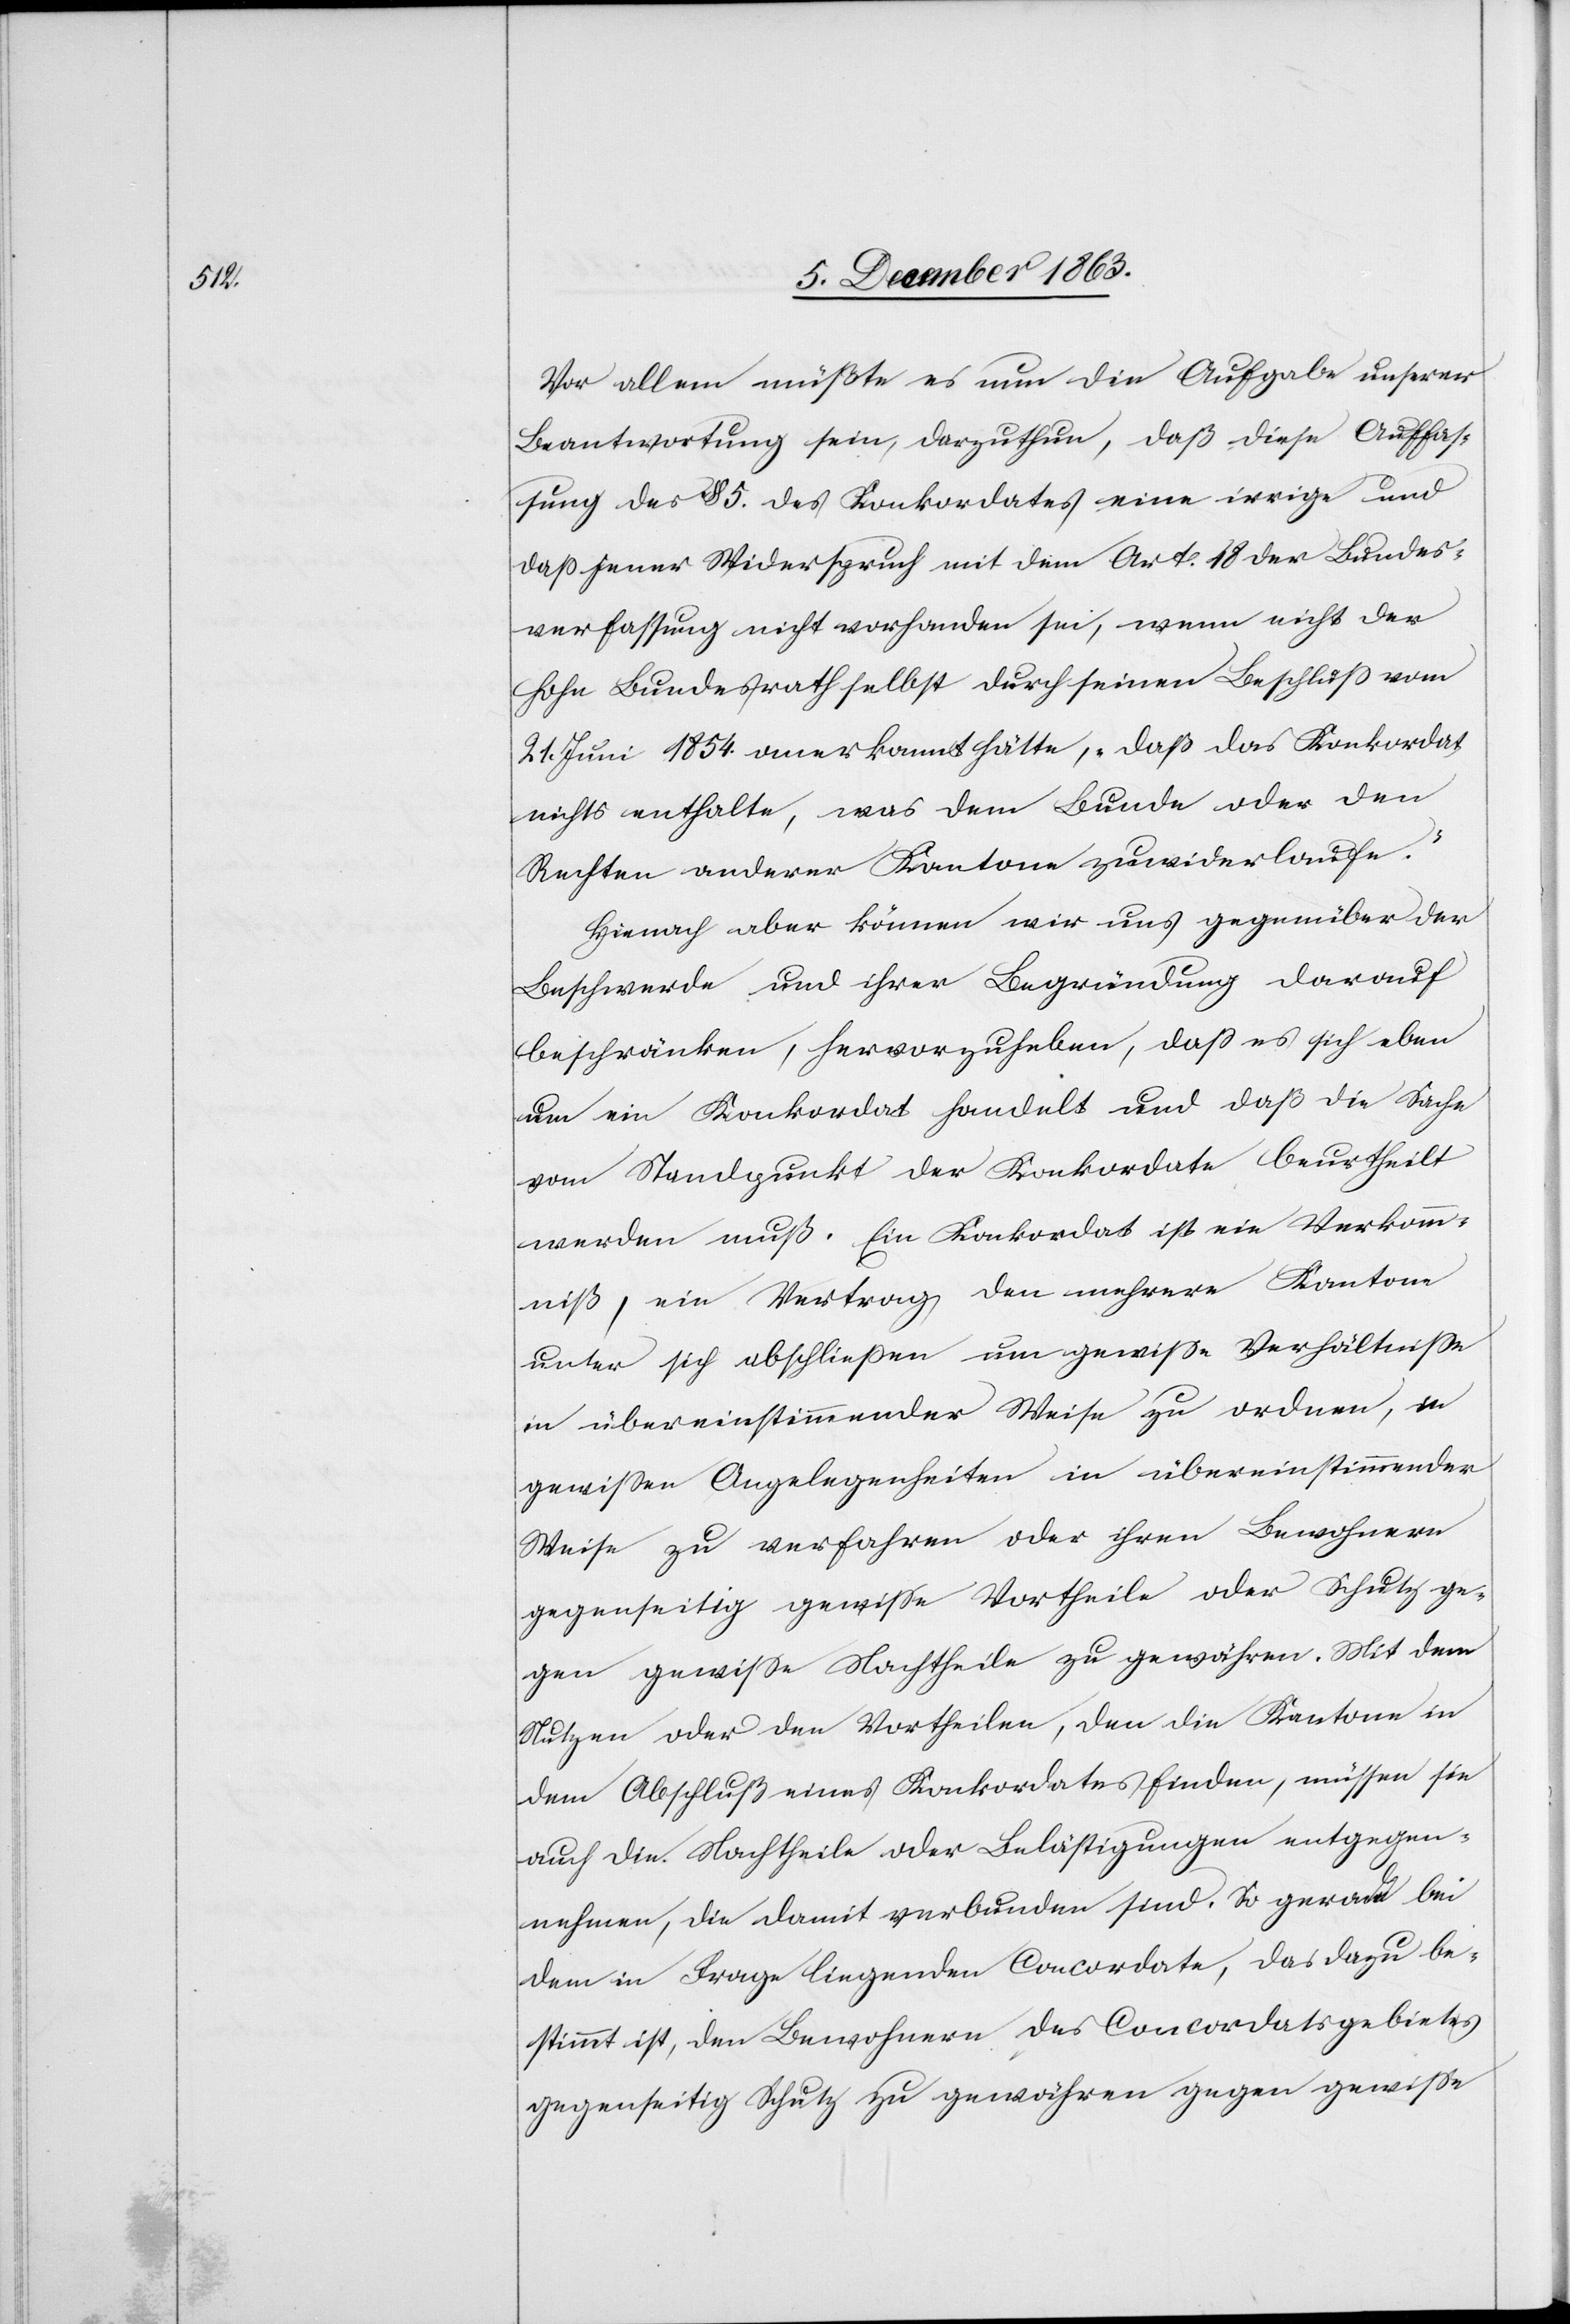
Vor allem müßte es nun die Aufgabe unserer
Beantwortung sein, darzuthun, daß diese Auffas¬
sung des § 5. des Konkordates eine irrige und
dass jener Widerspruch mit dem Art. 48 der Bundes¬
verfassung nicht vorhanden sei, wenn nicht der
hohe Bundesrath selbst durch seinen Beschluss vom
21. Juni 1854. anerkannt hätte, „daß das Konkordat
nichts enthalte, was dem Bunde oder den
Rechten anderer Kantone zuwiderlaufe.“
Hienach aber können wir uns gegenüber der
Beschwerde und ihrer Begründung darauf
beschränken, hervorzuheben, dass es sich eben
um ein Konkordat handelt und daß die Sache
vom Standpunkt der Konkordate beurtheilt
werden muß. Ein Konkordat ist ein Verkomm¬
niß, ein Vertrag, den mehrere Kantone
unter sich abschliessen um gewisse Verhältnisse
in übereinstimmender Weise zu ordnen, in
gewissen Angelegenheiten in übereinstimmender
Weise zu verfahren oder ihren Bewohnern
gegenseitig gewisse Vortheile oder Schutz ge¬
gen gewisse Nachtheile zu gewähren. Mit dem
Nutzen oder den Vortheilen, den die Kantone in
dem Abschluß eines Konkordates finden, müssen sie
auch die Nachtheile oder Belästigungen entgegen¬
nehmen, die damit verbunden sind. So gerade bei
dem in Frage liegenden Concordate, das dazu be¬
stimmt ist, den Bewohnern des Concordatsgebietes
gegenseitig Schutz zu gewähren gegen gewisse